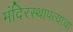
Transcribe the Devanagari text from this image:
मंदिरस्थापत्याचा